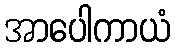
အာပေါကာယံ